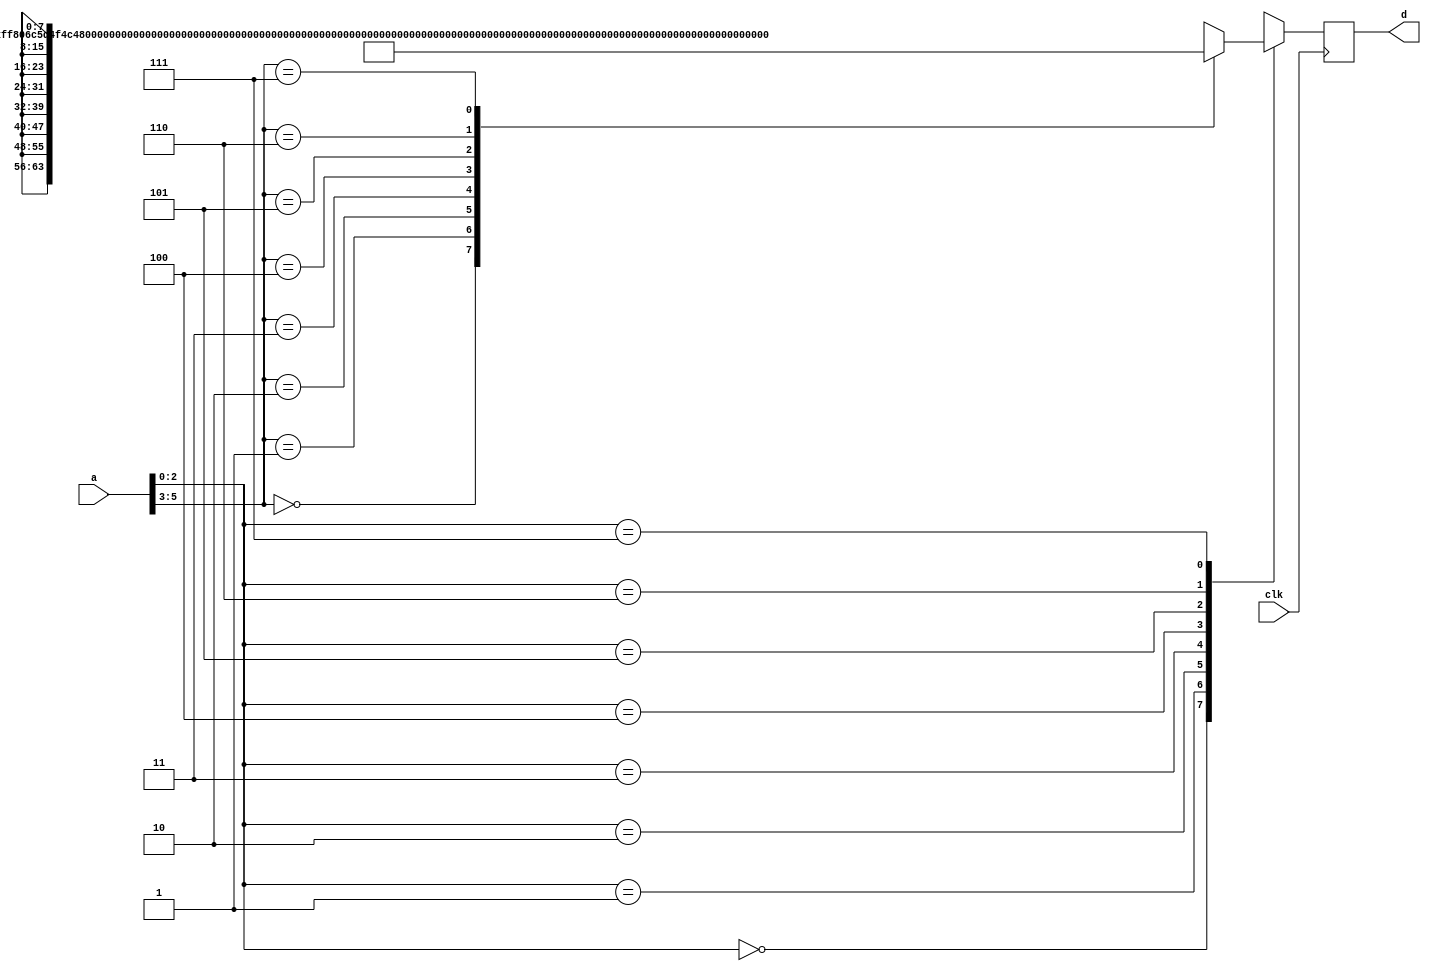
`timescale 1ns / 1ps
//////////////////////////////////////////////////////////////////////////////////
// Company: 
// Engineer: 
// 
// Design Name: 
// Module Name: single_port_rom
// Project Name: 
// Target Devices: 
// Tool Versions: 
// Description: 
// 
// Dependencies: 
// 
// Revision:
// Revision 0.01 - File Created
// Additional Comments:
// 
//////////////////////////////////////////////////////////////////////////////////


module single_port_rom(clk,a,d);
 input clk; // Declare I/Os. 
 input [5:0] a; // This is the 6-bit address and 
 output [7:0] d; // data output of ROM 
 
 reg [7:0] d; // Declare as the register. 
 wire [7:0] d_next ; // Declare as the wire. 
  
 reg [63:0] mem [7:0] ; // ROM organized as 8x64 
 reg [7:0] byte_data [7:0] ; // bits, but read byte-by-byte. 


 wire [63:0] mem_data ; // Declare 'assign' outputs as wire. 
 wire [63:0] loc0 ; 
 wire [63:0] loc1 ; 
 wire [63:0] loc2 ; 
 wire [63:0] loc3 ; 
 wire [63:0] loc4 ; 
 wire [63:0] loc5 ; 
 wire [63:0] loc6 ; 
 wire [63:0] loc7 ; 
 
 assign loc0 = 64'hFF806C5D4F4C473C ; 
 assign loc1 = 64'h80805D554C473C37 ; 
 assign loc2 = 64'h6C5D4F4C473C3C36 ; 
 assign loc3 = 64'h5D5D4F4C473C3733 ; 
 assign loc4 = 64'h5D4F4C47403B332B ; 
 assign loc5 = 64'h4F4C47403B332B23 ; 
 assign loc6 = 64'h4F4C473C362D251E ; 
 assign loc7 = 64'h4C473B362D251E19 ; 
always @ (loc0 or loc1 or loc2 or loc3 or loc4 or loc5 or loc6 or loc7) 
   begin 
 // Bytes from each row is accessed in a raster scan order (MSB first, etc). 
       mem [0] = loc0 ; 
       mem [1] = loc1 ; 
       mem [2] = loc2 ; 
       mem [3] = loc3 ; 
       mem [4] = loc4 ; 
       mem [5] = loc5 ; 
       mem [6] = loc6 ; 
       mem [7] = loc7 ; 
   end 
 
always @ (mem_data) 
   begin 
      byte_data [0] = mem_data [63:56] ; // MSB is assigned as 
      byte_data [1] = mem_data [55:48] ; // LSB. 
      byte_data [2] = mem_data [47:40] ; 
      byte_data [3] = mem_data [39:32] ; 
      byte_data [4] = mem_data [31:24] ; 
      byte_data [5] = mem_data [23:16] ; 
      byte_data [6] = mem_data [15:8] ; 
      byte_data [7] = mem_data [7:0] ; // LSB is assigned as MSB. 
   end 
   
   
assign mem_data = mem [a[5:3]] ; // Get 64 bits data. 
assign d_next = byte_data [a[2:0]] ; // Get byte data. 

always @ (posedge clk) 
 d <= d_next ; // Register byte data. 
 
endmodule